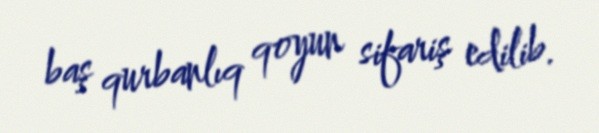
baş qurbanlıq qoyun sifariş edilib.